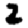
Digit: 2